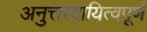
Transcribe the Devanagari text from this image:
अनुत्तरदायित्वपूर्ण